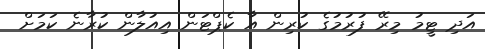
އަދި ޓީމު މިރޭ ފުރުމުގެ ކުރިން އާ ކެޕްޓަން އިއުލާން ކުރާނެ ކަމަށް